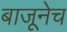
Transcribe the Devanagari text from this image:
बाजूनेच